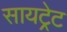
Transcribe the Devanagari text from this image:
सायट्रेट